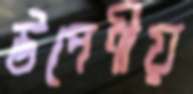
উপেণীয়